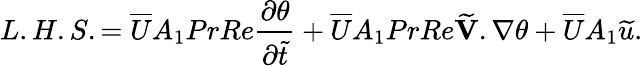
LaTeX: L.H.S.=\overline{{U}}A_{1}PrRe{\frac{\partial\theta}{\partial\widetilde{t}}}+\overline{{U}}A_{1}PrRe\widetilde{\textbf{V}}.\nabla\theta+\overline{{U}}A_{1}\widetilde{u}.